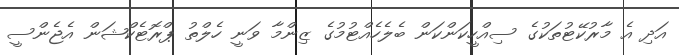
އަދި އެ މާރުކޭޓުތަކުގެ ސިއްހީކަންކަން ބެލެހެއްޓުމުގެ ޒިންމާ ވަނީ ހެލްތު ޕްރޮޓެކްޝަން އެޖެންސީ